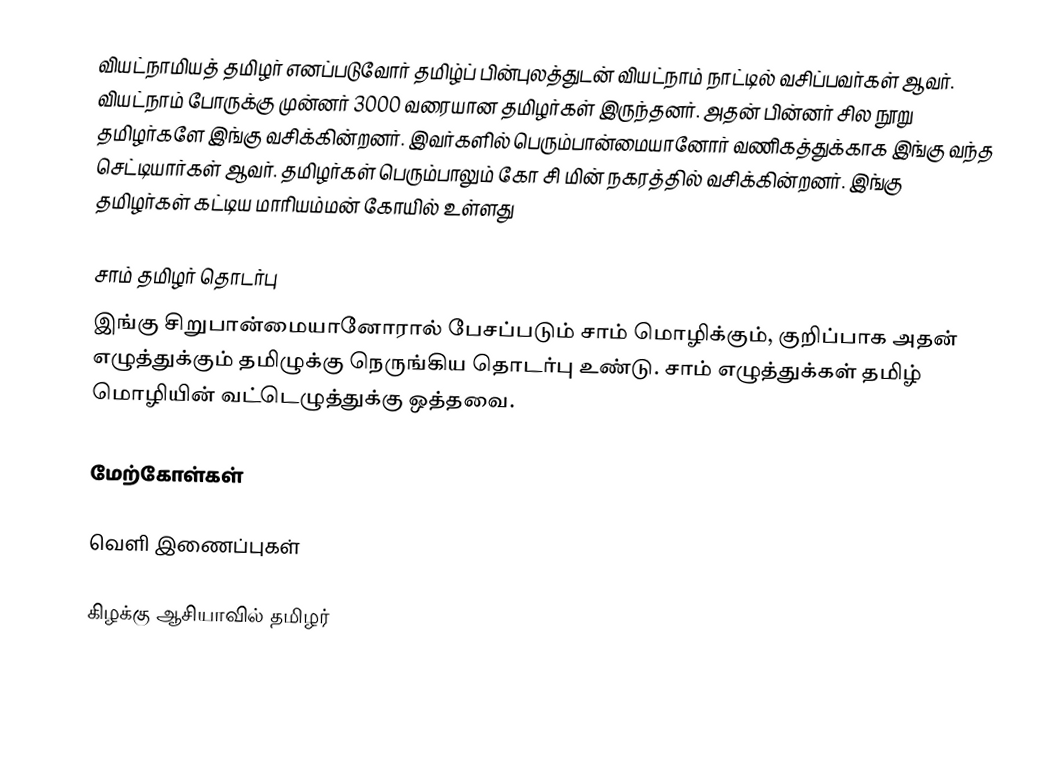
வியட்நாமியத் தமிழர் எனப்படுவோர் தமிழ்ப் பின்புலத்துடன் வியட்நாம் நாட்டில் வசிப்பவர்கள் ஆவர்.  வியட்நாம் போருக்கு முன்னர் 3000 வரையான தமிழர்கள் இருந்தனர். அதன் பின்னர் சில நூறு தமிழர்களே இங்கு வசிக்கின்றனர். இவர்களில் பெரும்பான்மையானோர் வணிகத்துக்காக இங்கு வந்த செட்டியார்கள் ஆவர். தமிழர்கள் பெரும்பாலும் கோ சி மின் நகரத்தில் வசிக்கின்றனர். இங்கு தமிழர்கள் கட்டிய மாரியம்மன் கோயில் உள்ளது

சாம் தமிழர் தொடர்பு
இங்கு சிறுபான்மையானோரால் பேசப்படும் சாம் மொழிக்கும், குறிப்பாக அதன் எழுத்துக்கும் தமிழுக்கு நெருங்கிய தொடர்பு உண்டு.  சாம் எழுத்துக்கள் தமிழ் மொழியின் வட்டெழுத்துக்கு ஒத்தவை.

மேற்கோள்கள்

வெளி இணைப்புகள்

கிழக்கு ஆசியாவில் தமிழர்